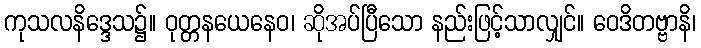
ကုသလနိဒ္ဒေသ၌။ ဝုတ္တနယေနေဝ၊ ဆိုအပ်ပြီသော နည်းဖြင့်သာလျှင်။ ဝေဒိတဗ္ဗာနိ၊